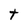
Character: t